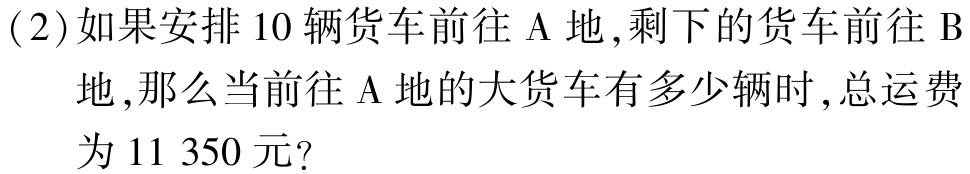
(2)如果安排 10 辆货车前往 A 地,剩下的货车前往 B

地,那么当前往 A 地的大货车有多少辆时,总运费

为 11 350 元?